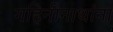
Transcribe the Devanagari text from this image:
गहिनीनाथांना